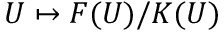
U \mapsto F ( U ) / K ( U )